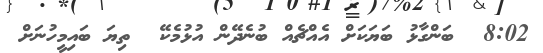
8:02  ބަންގާޅު ބަޔަކަށް އެއްޗެއް ބުނެދޭން އުޅުމެކޭ  ތިޔަ ބައިމީހުނަށް